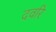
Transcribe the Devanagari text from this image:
दवरि